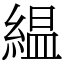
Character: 緼